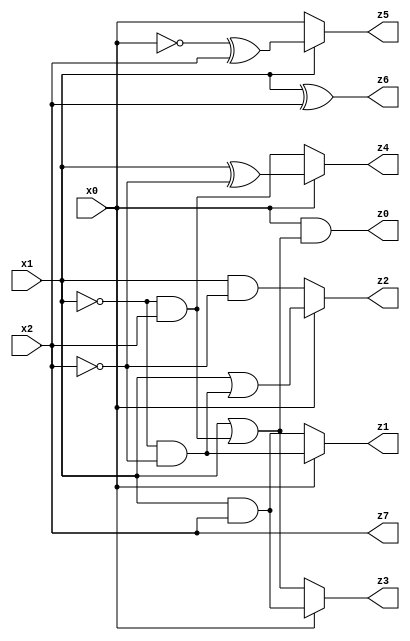
// Benchmark "X_3_27" written by ABC on Thu Jun 22 01:31:28 2023

module X_3_27 ( 
    x0, x1, x2,
    z0, z1, z2, z3, z4, z5, z6, z7  );
  input  x0, x1, x2;
  output z0, z1, z2, z3, z4, z5, z6, z7;
  assign z0 = x0 & (x1 | (~x1 & x2));
  assign z1 = x0 ? (~x1 & ~x2) : (x1 & x2);
  assign z2 = x0 ? (x1 | (~x1 & ~x2)) : (x1 & ~x2);
  assign z3 = x0 ? (x1 & x2) : (x1 | (~x1 & x2));
  assign z4 = x0 ? (x1 ^ ~x2) : (~x1 & x2);
  assign z5 = x1 ? (~x0 ^ x2) : x0;
  assign z6 = x1 ^ x2;
  assign z7 = x2;
endmodule